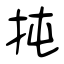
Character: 扽